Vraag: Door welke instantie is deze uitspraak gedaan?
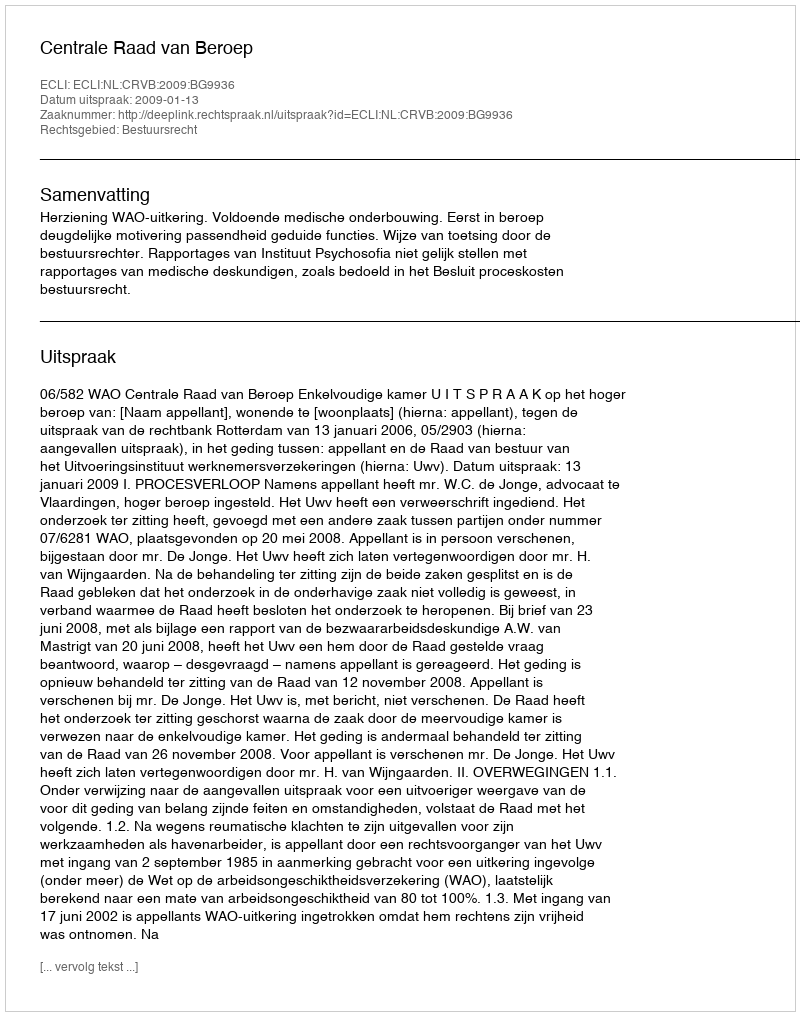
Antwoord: Centrale Raad van Beroep